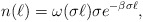
\begin{align*}n(\ell) = \omega(\sigma \ell) \sigma e^{-\beta \sigma \ell},\end{align*}